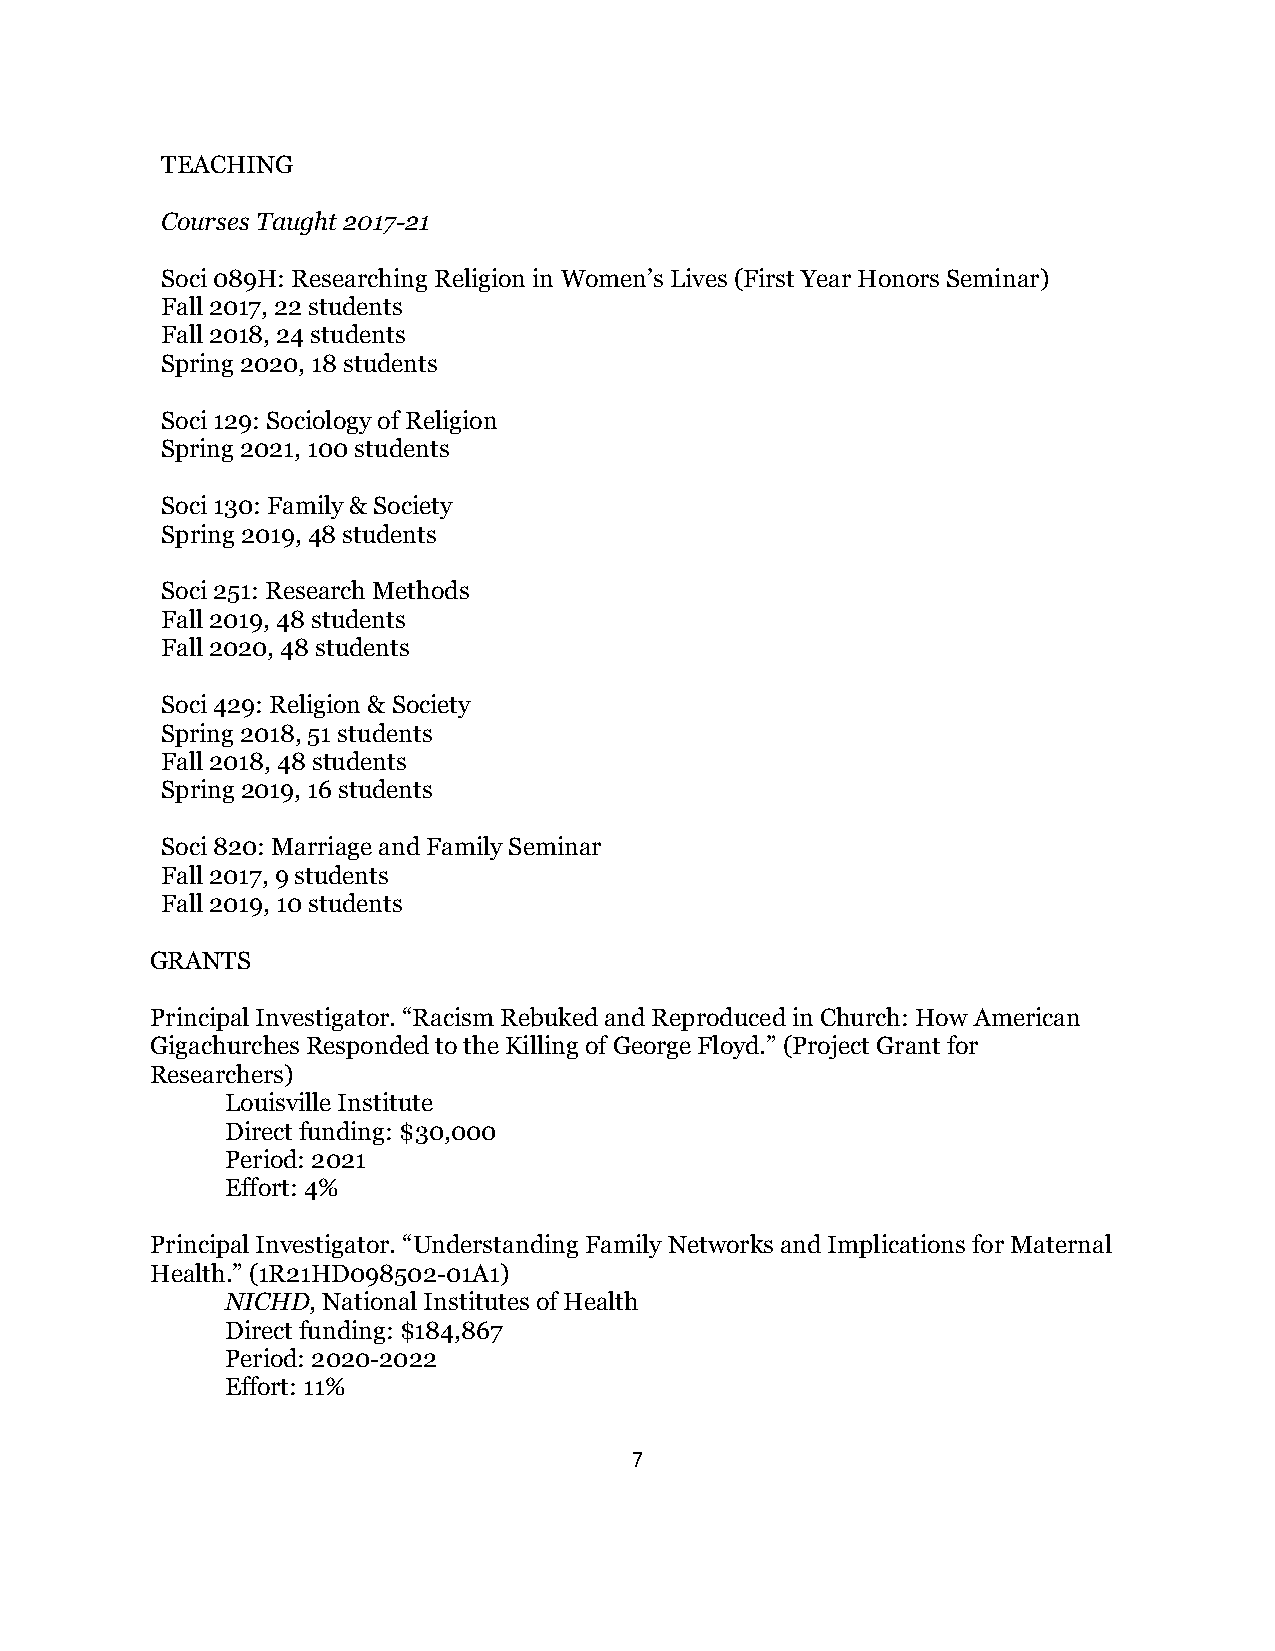
TEACHING
 Courses Taught 2017-21
 Soci 089H: Researching Religion in Women’s Lives (First Year Honors Seminar)
 Fall 2017, 22 students
 Fall 2018, 24 students
 Spring 2020, 18 students
 Soci 129: Sociology of Religion
 Spring 2021, 100 students
 Soci 130: Family & Society
 Spring 2019, 48 students
 Soci 251: Research Methods
 Fall 2019, 48 students
 Fall 2020, 48 students
 Soci 429: Religion & Society
 Spring 2018, 51 students
 Fall 2018, 48 students
 Spring 2019, 16 students
 Soci 820: Marriage and Family Seminar
 Fall 2017, 9 students
 Fall 2019, 10 students
 GRANTS
 Principal Investigator. “Racism Rebuked and Reproduced in Church: How American
 Gigachurches Responded to the Killing of George Floyd.” (Project Grant for
 Researchers)
 Louisville Institute
 Direct funding: $30,000
 Period: 2021
 Effort: 4%
 Principal Investigator. “Understanding Family Networks and Implications for Maternal
 Health.” (1R21HD098502-01A1)
 NICHD, National Institutes of Health
 Direct funding: $184,867
 Period: 2020-2022
 Effort: 11%
 7